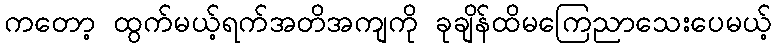
ကတော့ ထွက်မယ့်ရက်အတိအကျကို ခုချိန်ထိမကြေညာသေးပေမယ့်